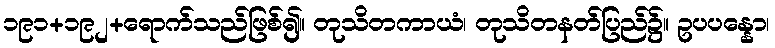
၁၉၁+၁၉၂+ရောက်သည်ဖြစ်၍။ တုသိတကာယံ၊ တုသိတနတ်ပြည်၌။ ဥပပန္နော၊